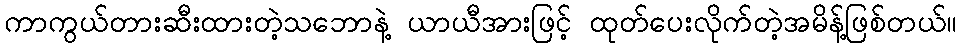
ကာကွယ်တားဆီးထားတဲ့သဘောနဲ့ ယာယီအားဖြင့် ထုတ်ပေးလိုက်တဲ့အမိန့်ဖြစ်တယ်။